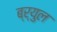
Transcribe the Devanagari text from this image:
ब्र्युल